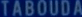
TABOUDA